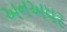
અનઅધર